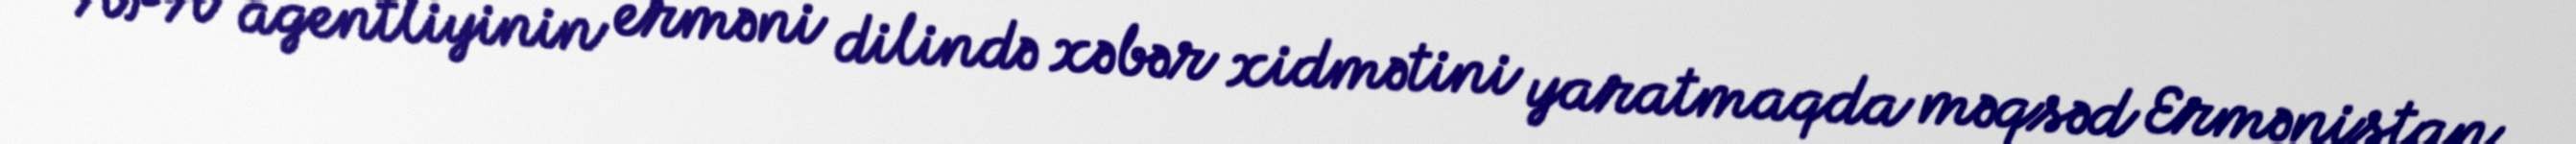
“APA agentliyinin erməni dilində xəbər xidmətini yaratmaqda məqsəd Ermənistan